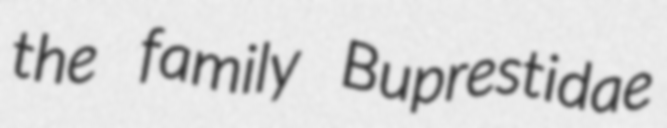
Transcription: the family Buprestidae